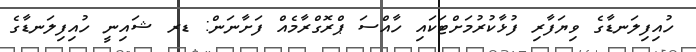
ހުއިފިލަނޑާގެ ވިޔަފާރި ފުޅާކުރުމަށްޓަކައި ހާއްސަ ޕްރޮގްރާމެއް ފަށާނަން: ޑރ ޝައިނީ ހުއިފިލަނޑާގެ